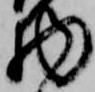
物